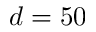
d = 5 0